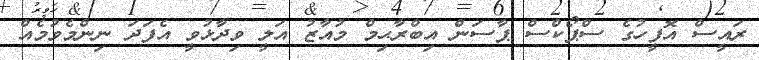
ރައީސް އޮފީހުގެ ސްޕޯކްސް ޕާސަން އިބްރާޙިމް މުއާޒު އަލީ ވިދާޅުވީ އެފަދަ ނިންމެވުމެއް